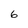
Character: 6